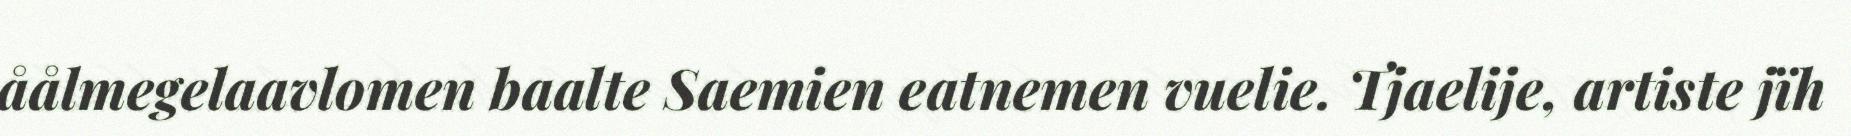
åålmegelaavlomen baalte Saemien eatnemen vuelie. Tjaelije, artiste jïh